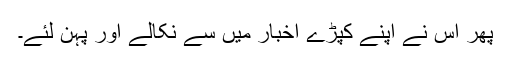
پھر اس نے اپنے کپڑے اخبار میں سے نکالے اور پہن لئے۔